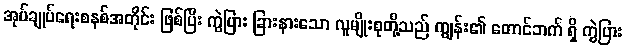
အုပ်ချုပ်ရေးစနစ်အတိုင်း ဖြစ်ပြီး ကွဲပြား ခြားနားသော လူမျိုးစုတို့သည် ကျွန်း၏ တောင်ဘက် ရှိ ကွဲပြား